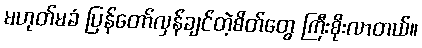
မဟုတ်မခံ ပြန်တော်လှန်ချင်တဲ့စိတ်တွေ ကြီးစိုးလာတယ်။